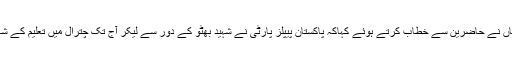
اس موقع پر ایم پی اے سلیم خاں نے حاضرین سے خطاب کرتے ہوئے کہاکہ پاکستان پیپلز پارٹی نے شہید بھٹو کے دور سے لیکر آج تک چترال میں تعلیم کے شعبے میں اہم کردار ادا کیاہے۔